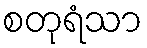
စတုရံသာ